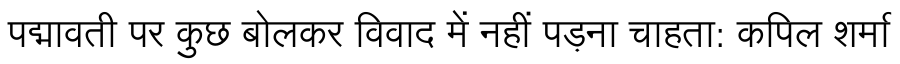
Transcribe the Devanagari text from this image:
पद्मावती पर कुछ बोलकर विवाद में नहीं पड़ना चाहता: कपिल शर्मा